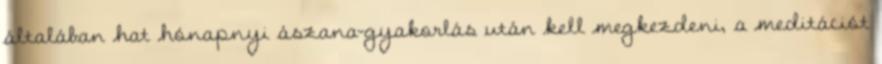
általában hat hónapnyi ászana-gyakorlás után kell megkezdeni, a meditációt